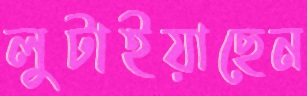
লুটাইয়াছেন